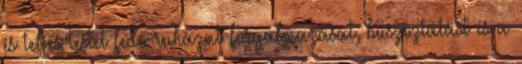
és teljes testet fedő ruházat forgalmazását, buszoztatást és a